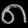
Digit: ၈